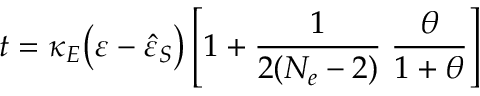
t = \kappa _ { E } \big ( \varepsilon - \hat { \varepsilon } _ { S } \big ) \left[ 1 + \frac { 1 } { 2 ( N _ { e } - 2 ) } \; \frac { \theta } { 1 + \theta } \right]